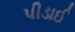
પીડાઈ